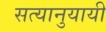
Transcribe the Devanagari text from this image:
सत्यानुयायी